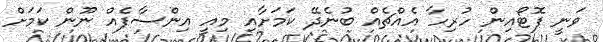
ވަނީ ފޮޓޯއިން ހުރިހާ އެއްޗެއް ބުނެދޭ ކަމަށާއި މިއީ އިންސާފެއް ނޫން ކަމަށް